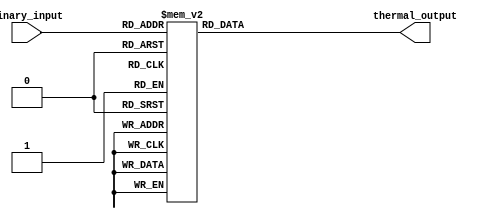
module ThermalEncoder (
    input [2:0] binary_input, // 3-bit binary input
    output reg [3:0] thermal_output // 4-bit thermal output (BCD)
);

// Combinational logic to map the binary input to the thermal output
always @(*) begin
    case (binary_input)
        3'd0: thermal_output = 4'b0000; // 0
        3'd1: thermal_output = 4'b0001; // 1
        3'd2: thermal_output = 4'b0010; // 2
        3'd3: thermal_output = 4'b0011; // 3
        3'd4: thermal_output = 4'b0100; // 4
        3'd5: thermal_output = 4'b0101; // 5
        3'd6: thermal_output = 4'b0110; // 6
        3'd7: thermal_output = 4'b0111; // 7
        default: thermal_output = 4'b0000; // Default to 0 for invalid input
    endcase
end

endmodule